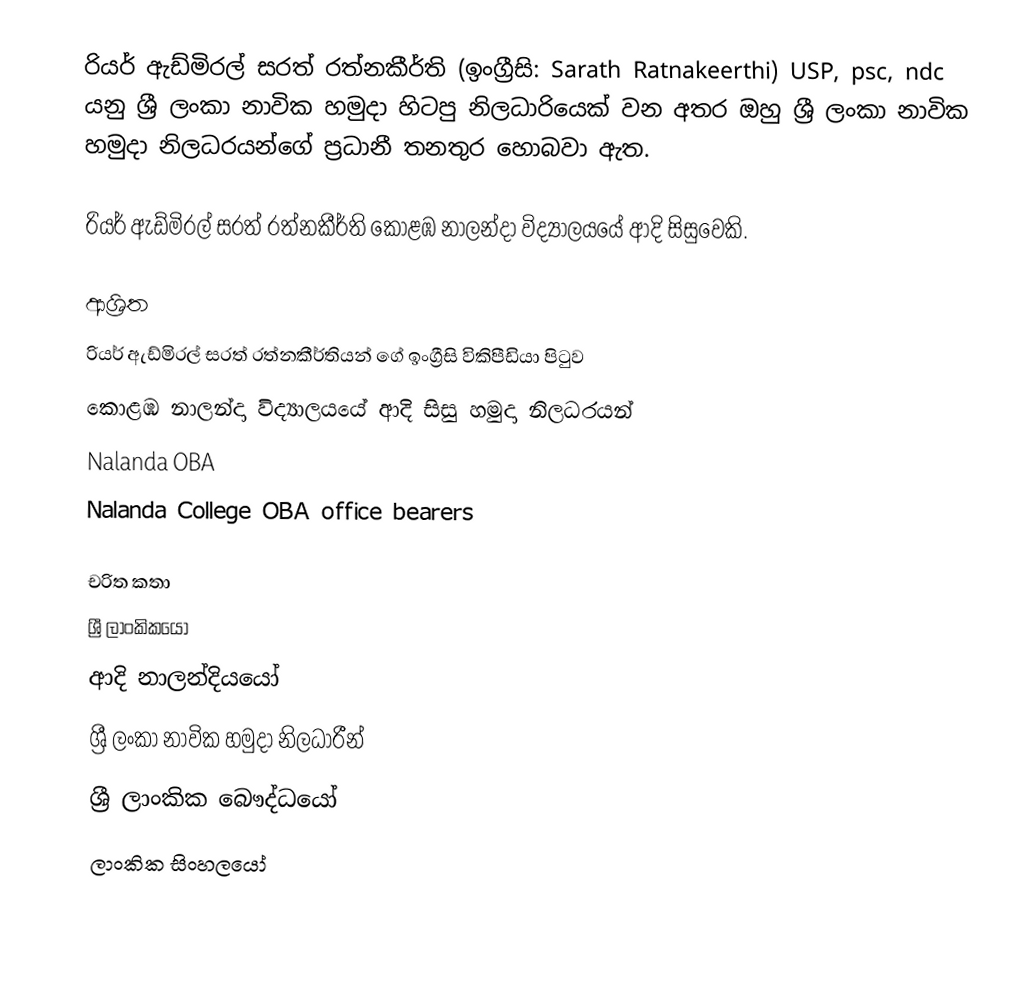
රියර් ඇඩ්මිරල් සරත් රත්නකීර්ති (ඉංග්‍රීසි: Sarath Ratnakeerthi) USP, psc, ndc යනු  ශ්‍රී ලංකා නාවික හමුදා හිටපු නිලධාරියෙක් වන අතර ඔහු ශ්‍රී ලංකා නාවික හමුදා නිලධරයන්ගේ ප්‍රධානී තනතුර හොබවා ඇත.

රියර් ඇඩ්මිරල් සරත් රත්නකීර්ති  කොළඹ නාලන්දා විද්‍යාලයයේ ආදි සිසුවෙකි.

ආශ්‍රිත
  රියර් ඇඩ්මිරල් සරත් රත්නකීර්තියන් ගේ ඉංග්‍රීසි විකිපීඩියා පිටුව
 කොළඹ නාලන්දා විද්‍යාලයයේ ආදි සිසු හමුදා නිලධරයන්
 Nalanda OBA
 Nalanda College OBA office bearers

චරිත කතා
ශ්‍රී ලාංකිකයෝ
ආදි නාලන්දියයෝ
ශ්‍රී ලංකා නාවික හමුදා නිලධාරීන්
ශ්‍රී ලාංකික බෞද්ධයෝ
ලාංකික සිංහලයෝ